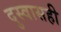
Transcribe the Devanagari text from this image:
दुस्वासही